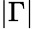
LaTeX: |\Gamma|